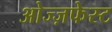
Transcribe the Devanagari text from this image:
ओज्ज़फेस्ट